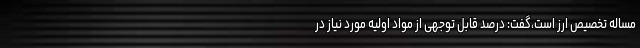
مساله تخصیص ارز است،گفت: درصد قابل توجهی از مواد اولیه مورد نیاز در